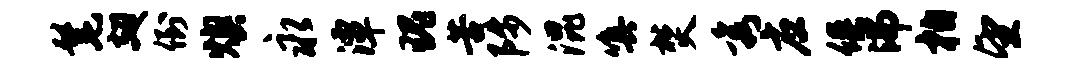
髦翅倒燠永潭瑰苦陟混嗔焚秀应俱沸柏望